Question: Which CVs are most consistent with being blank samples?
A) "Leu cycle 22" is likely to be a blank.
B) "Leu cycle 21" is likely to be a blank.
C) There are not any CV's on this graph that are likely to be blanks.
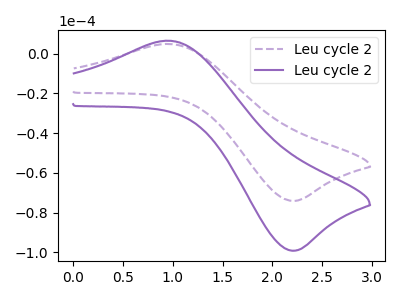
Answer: <think>The purple dashed curve "Leu cycle 21" has an anodic peak at (0.95V, 4.80uA) and a cathodic peak at (2.20V, -74.10uA). The purple curve "Leu cycle 22" has an anodic peak at (0.95V, 6.45uA) and a cathodic peak at (2.20V, -99.15uA).</think>
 <answer>C) There are not any CV's on this graph that are likely to be blanks.</answer>
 <eval>C</eval>